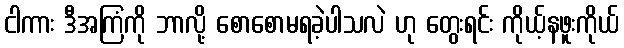
ငါကား ဒီအကြံကို ဘာလို့ စောစောမရခဲ့ပါသလဲ ဟု တွေးရင်း ကိုယ့်နဖူးကိုယ်